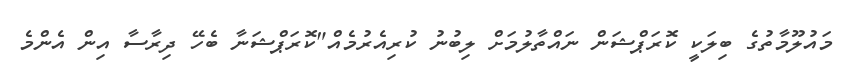
މައުލޫމާތުގެ ބިލަކީ ކޮރަޕްޝަން ނައްތާލުމަށް ލިބުނު ކުރިއެރުމެއް"ކޮރަޕްޝަނާ ބެހޭ ދިރާސާ އިން އެންމެ